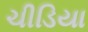
ચીડિયા